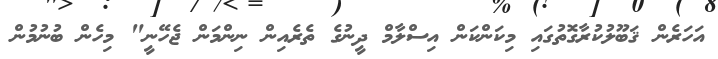
އަހަރެން ޤަބޫލުކުރާގޮތުގައި މިކަންކަން އިސްލާމް ދީނުގެ ތެރެއިން ނިންމަން ޖެހޭނީ" މިހެން ބުނުމުން